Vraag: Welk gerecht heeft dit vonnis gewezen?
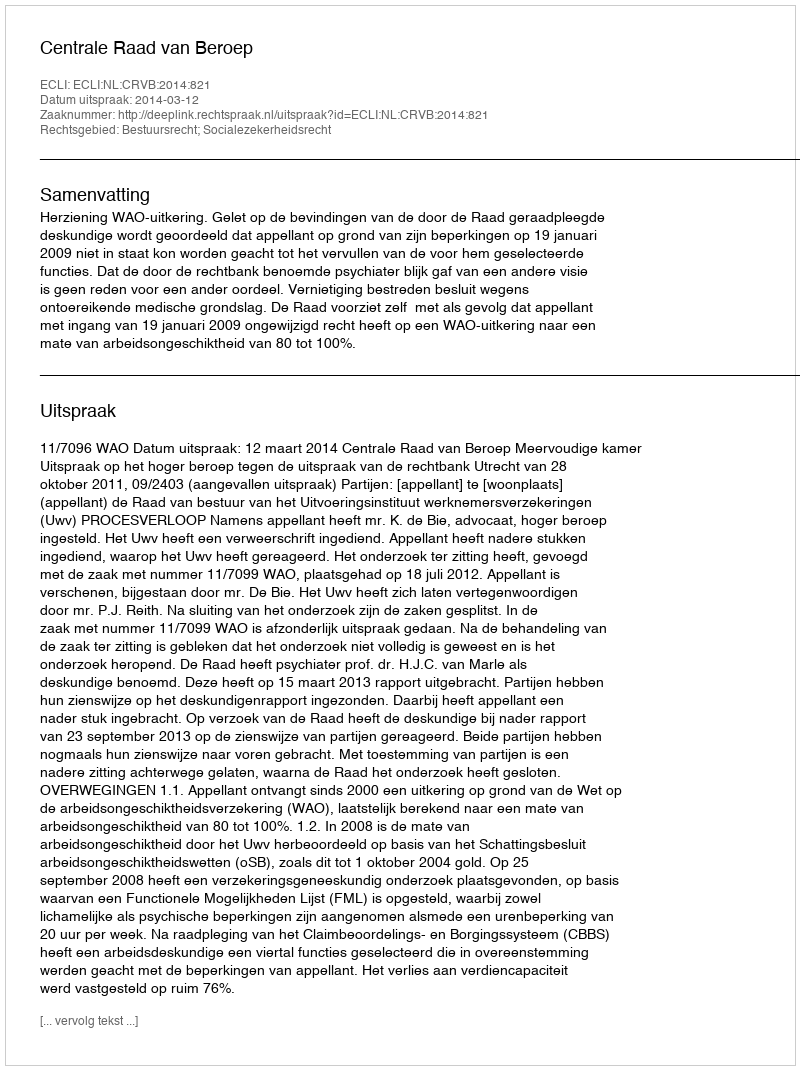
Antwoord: Centrale Raad van Beroep